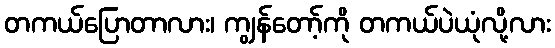
တကယ်ပြောတာလား၊ ကျွန်တော့်ကို တကယ်ပဲယုံလို့လား